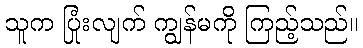
သူက ပြုံးလျက် ကျွန်မကို ကြည့်သည်။